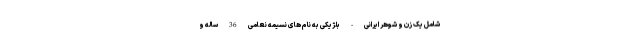
شامل یک زن و شوهر ایرانی - بلژیکی به نام های نسیمه نعامی 36 ساله و